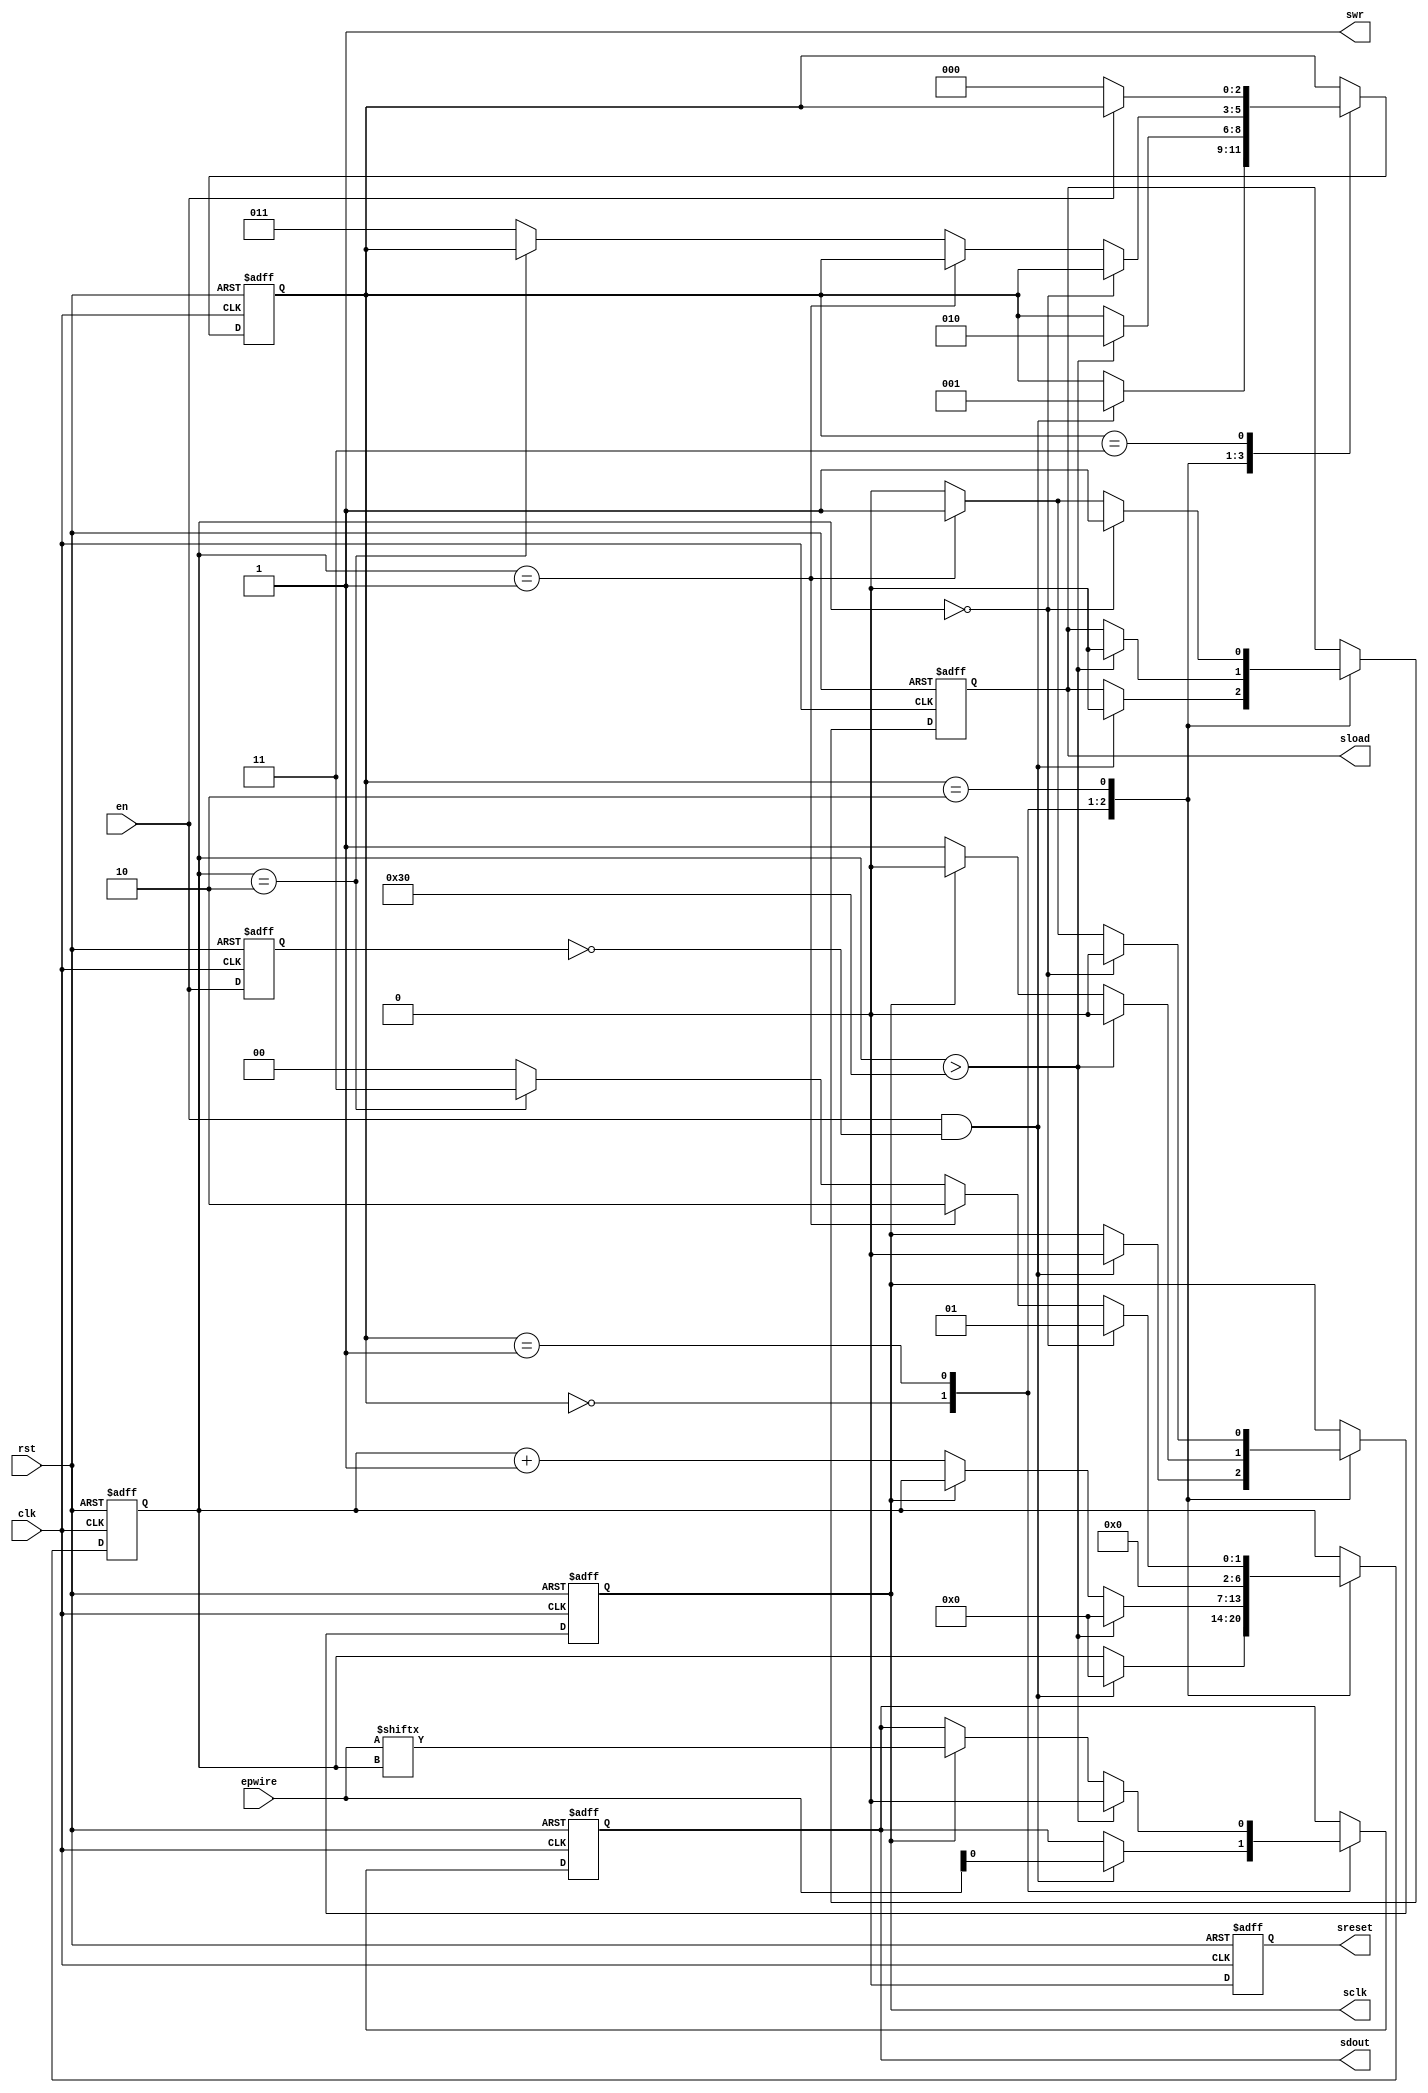
`timescale 1ns / 1ps
//////////////////////////////////////////////////////////////////////////////////
// Company: 
// Engineer: 
// 
// Design Name: 
// Module Name:    SPI_write 
// Project Name: 
// Target Devices: 
// Tool versions: 
// Description: 
//
// Dependencies: 
//
// Revision: 
// Revision 0.01 - File Created
// Additional Comments: 
//
//////////////////////////////////////////////////////////////////////////////////
module SPI_write (
en,
epwire,
clk,
rst,
swr,
sdout,
sclk,
sload,
sreset
);

parameter NDATA = 48;
parameter STATE_IDLE = 0;
parameter STATE_SHIFT = 1;
parameter STATE_LOAD = 2;
parameter STATE_DONE = 3;

input en;
input [63:0] epwire;
input clk;
input rst;
output swr;
output reg sdout;
output reg sclk;
output reg sload;
output reg sreset;

reg en_old;
reg [6:0] state_cnt;
reg [2:0] state;
assign swr = 1;

always @ (posedge (clk) or posedge (rst)) begin
	if(rst) begin
		state_cnt <= 1'b0;
		state <= STATE_IDLE;
		sdout <= 1'b0;
		sclk <= 1'b0;
		sload <= 1'b0;
		en_old <= 1'b0;
		sreset <= 1'b1;
	end
	else begin
		sreset <= 1'b0;
		case (state)
			STATE_IDLE : 
			begin
				
				if((en==1) && (en_old==0))
				begin
					state <= STATE_SHIFT;
					state_cnt <= 0;
					sdout <= 0;
					sclk <= 0;
					sload <= 0;
					sdout <= epwire[0];
				end
			end
			STATE_SHIFT :
			begin
				if(state_cnt > NDATA)
				begin
					state <= STATE_LOAD;
					state_cnt <= 0;
					sdout <= 0;
					sclk <= 0;
					sload <= 0;				
				end
				else
					if(sclk == 1)
					begin
						sclk <= 0;
						sdout <= epwire[state_cnt];
					end
					else
					begin
						state_cnt <= state_cnt + 1;
						sclk <= 1;						
					end
				begin
				end				
			end
			STATE_LOAD :
			begin
				if(state_cnt==0)
				begin	
					sload <= 1;
					sclk <= 0;
					state_cnt <= 1;
				end
				else if (state_cnt==1)
				begin	
					sload <= 1;
					sclk <= 1;
					state_cnt <= 2;
				end
				else if (state_cnt==2)
				begin	
					sload <= 0;
					sclk <= 0;
					state_cnt <= 3;
				end
				else
				begin	
					state <= STATE_DONE;
					sload <= 0;
					sclk <= 0;
					state_cnt <= 0;
				end
			end
			STATE_DONE :
			begin
					if(en == 0)
					begin
						state <= STATE_IDLE;
					end
			end
		endcase
		en_old <= en;
	end
end
endmodule